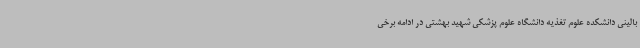
بالینی دانشکده علوم تغذیه دانشگاه علوم پزشکی شهید بهشتی در ادامه برخی